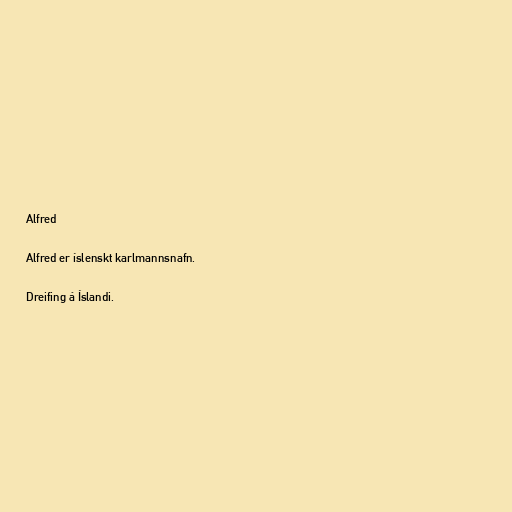
Alfred

Alfred er íslenskt karlmannsnafn.

Dreifing á Íslandi.